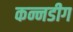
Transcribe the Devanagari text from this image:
कन्नडीग